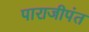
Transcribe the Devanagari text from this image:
पाराजीपंत